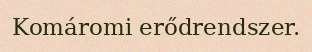
Komáromi erődrendszer.